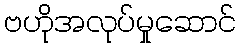
ဗဟိုအလုပ်မှုဆောင်